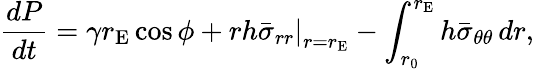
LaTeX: \frac{dP}{dt}=\gamma r_{\mathrm{E}}\cos\phi+\left.rh\bar{\sigma}_{rr}\right|_{r=r_{\mathrm{E}}}-\int_{r_{0}}^{r_{\mathrm{E}}}h\bar{\sigma}_{\theta\theta}\, dr,